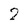
Character: 2